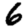
Digit: 6